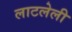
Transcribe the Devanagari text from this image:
लाटलेली